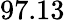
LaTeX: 97.13